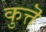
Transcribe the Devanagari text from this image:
कुत्तॆ